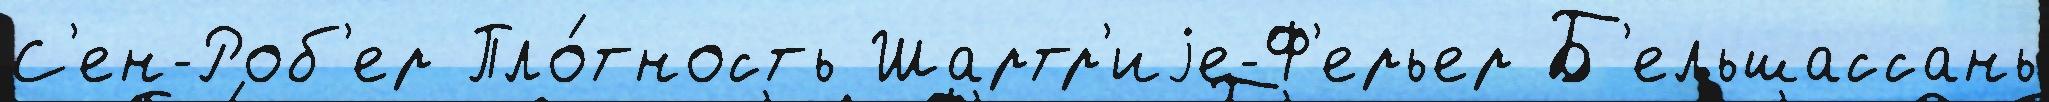
С'ен-Роб'ер Пло́тность Шартр'иjе-Ф'ерьер Б'ельшассань